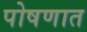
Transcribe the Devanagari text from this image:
पोषणात